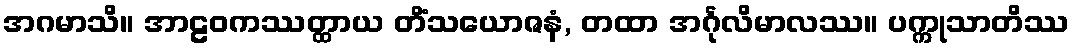
အဂမာသိ။ အာဠဝကဿတ္ထာယ တိံသယောဇနံ, တထာ အင်္ဂုလိမာလဿ။ ပက္ကုသာတိဿ